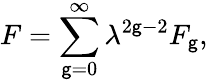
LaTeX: F=\sum_{\mathsf{g}=0}^{\infty}\lambda^{2\mathsf{g}-2}F_{\mathsf{g}},